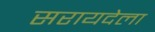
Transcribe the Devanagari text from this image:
सरायदेला